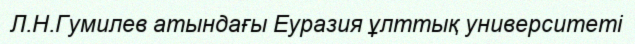
Л.Н.Гумилев атындағы Еуразия ұлттық университеті